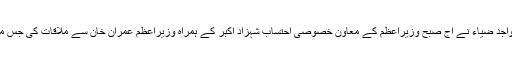
جیو نیوز کے مطابق شوگر انکوائری کمیشن کے سربراہ واجد ضیاء نے آج صبح وزیراعظم کے معاون خصوصی احتساب شہزاد اکبر کے ہمراہ وزیراعظم عمران خان سے ملاقات کی جس میں انہوں نے شوگر انکوائری کمیشن کی رپورٹ پیش کی۔